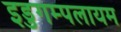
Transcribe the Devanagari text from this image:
इडुगम्पलायम